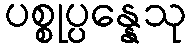
ပစ္စုပ္ပန္နေသု